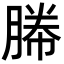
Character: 幐